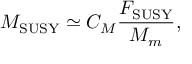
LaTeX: M _ { \mathrm { S U S Y } } \simeq C _ { M } \frac { F _ { \mathrm { S U S Y } } } { M _ { m } } ,